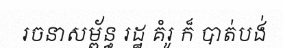
រចនាសម្ព័ន្ធ រដ្ឋ គំរូ ក៏ បាត់បង់